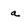
Character: a